Civil Veterinary Department Bengal reports 1923-33 - 1923-1933
Year: 1923
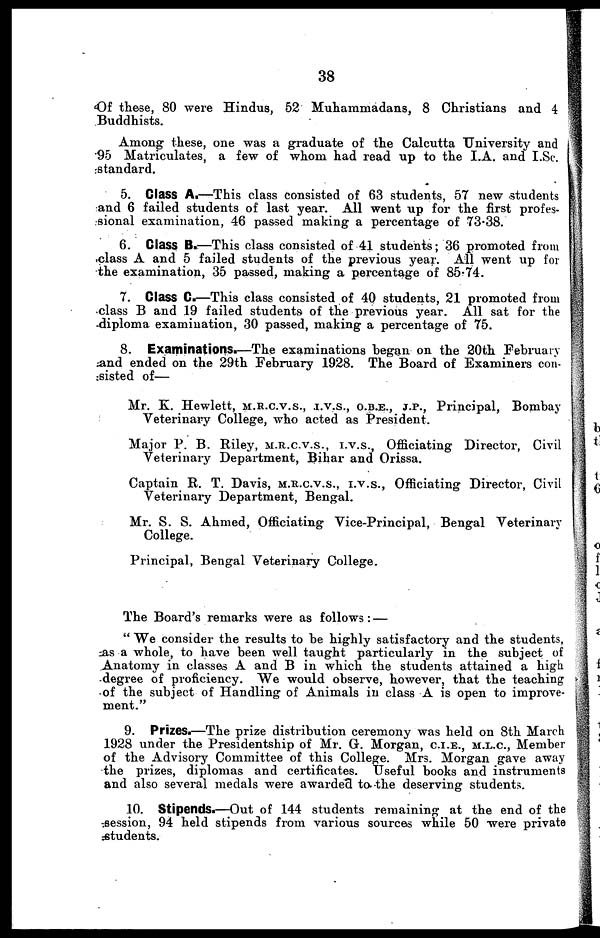
38
Of these, 80 were Hindus, 52 Muhammadans, 8 Christians and 4
Buddhists.
Among these, one was a graduate of the Calcutta University and
95 Matriculates, a few of whom had read up to the I.A. and I.Sc.
standard.
5. Class A.—This class consisted of 63 students, 57 new students
and 6 failed students of last year. All went up for the first profes-
sional examination, 46 passed making a percentage of 73.38.
6. Class B—This class consisted of 41 students; 36 promoted from
class A and 5 failed students of the previous year. All went up for
the examination, 35 passed, making a percentage of 85.74.
7. Class C.—This class consisted of 40 students, 21 promoted from
class B and 19 failed students of the previous year. All sat for the
diploma examination, 30 passed, making a percentage of 75.
8. Examinations.—The examinations began on the 20th February
and ended on the 29th February 1928. The Board of Examiners con-
sisted of—
Mr. K. Hewlett, m.r.c.v.s., .i.v.s., o.b.e., j.p., Principal, Bombay
Veterinary College, who acted as President.
Major P. B. Riley, m.r.c.v.s., i.v.s., Officiating Director, Civil
Veterinary Department, Bihar and Orissa.
Captain R. T. Davis, m.r.c.v.s., i.v.s., Officiating Director, Civil
Veterinary Department, Bengal.
Mr. S. S. Ahmed, Officiating Vice-Principal, Bengal Veterinary
College.
Principal, Bengal Veterinary College.
The Board's remarks were as follows: —
" We consider the results to be highly satisfactory and the students,
as a whole, to have been well taught particularly in the subject of
Anatomy in classes A and B in which the students attained a high
degree of proficiency. We would observe, however, that the teaching
of the subject of Handling of Animals in class A is open to improve-
ment."
9. Prizes.—The prize distribution ceremony was held on 8th March
1928 under the Presidentship of Mr. G. Morgan, c.i.e., m.l.c, Member
of the Advisory Committee of this College. Mrs. Morgan gave away
the prizes, diplomas and certificates. Useful books and instruments
and also several medals were awarded to the deserving students.
10. Stipends.—Out of 144 students remaining at the end of the
session, 94 held stipends from various sources while 50 were private
students.